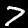
Label: 7